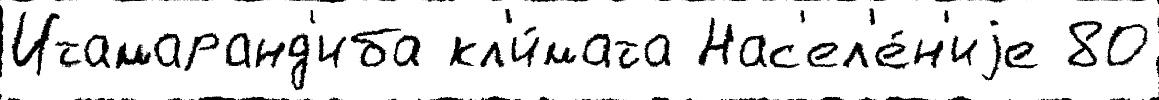
Итамаранд'иба кл'и́мата Нас'ел'е́н'иjе 80